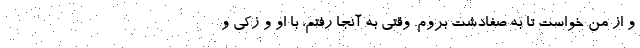
و از من خواست تا به صفادشت بروم. وقتی به آنجا رفتم، با او و زکی و